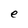
Character: e